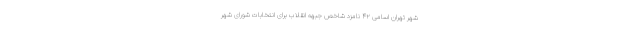
شهر تهران اسامی ۴۲ نامزد شاخص جبهه انقلاب برای انتخابات شورای شهر